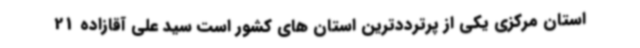
استان مرکزی یکی از پرترددترین استان های کشور است سید علی آقازاده 21